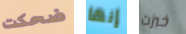
ضحكت إنها خبزت